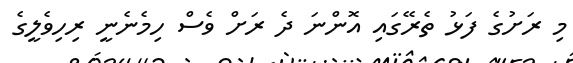
މި ރަށުގެ ފަޅު ތެރޭގައި އޮންނަ ދެ ރަށް ވެސް ހިމެނެނީ ރިހިވެލީގެ